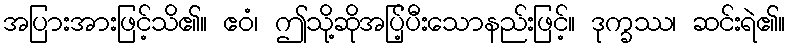
အပြားအားဖြင့်သိ၏။ ဧဝံ၊ ဤသို့ဆိုအပ်ြ့ပီးသောနည်းဖြင့်။ ဒုက္ခဿ၊ ဆင်းရဲ၏။